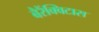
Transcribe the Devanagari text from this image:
बैरैंक्विटास